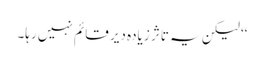
‘‘ لیکن یہ تاثر زیادہ دیر قائم نہیں رہا۔